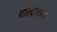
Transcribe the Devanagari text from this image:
माल्टामध्ये